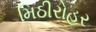
મિઠીરોહર